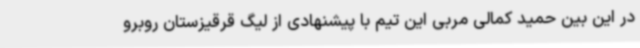
در این بین حمید کمالی مربی این تیم با پیشنهادی از لیگ قرقیزستان روبرو